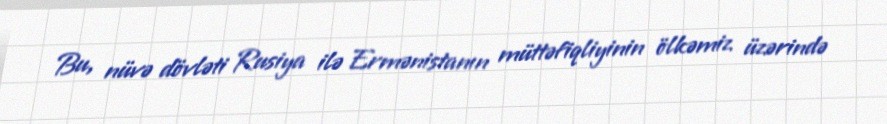
Bu, nüvə dövləti Rusiya ilə Ermənistanın müttəfiqliyinin ölkəmiz üzərində